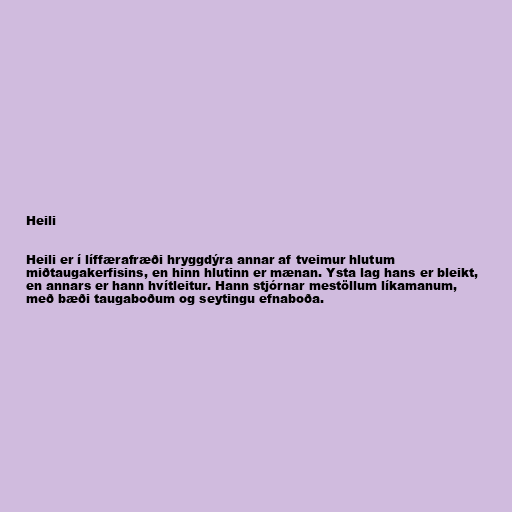
Heili

Heili er í líffærafræði hryggdýra annar af tveimur hlutum
miðtaugakerfisins, en hinn hlutinn er mænan. Ysta lag hans er bleikt,
en annars er hann hvítleitur. Hann stjórnar mestöllum líkamanum,
með bæði taugaboðum og seytingu efnaboða.